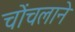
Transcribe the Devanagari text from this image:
चोंचलाने